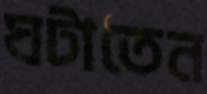
ঘটাতেন